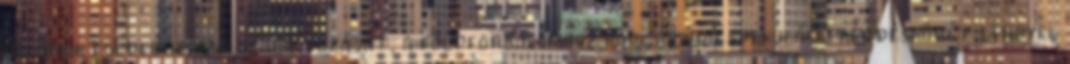
államok földforgalmi szabályozását, a földforgalomhoz kapcsolódó spekuláció kérdéskörét lengyel